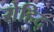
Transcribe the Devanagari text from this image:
रोहिद्